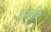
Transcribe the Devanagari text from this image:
इंजुरि